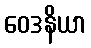
ဝေဒနိယာ